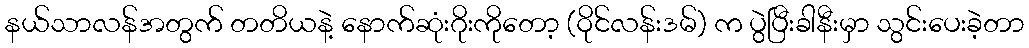
နယ်သာလန်အတွက် တတိယနဲ့ နောက်ဆုံးဂိုးကိုတော့ (ဝိုင်လန်းဒမ်) က ပွဲပြီးခါနီးမှာ သွင်းပေးခဲ့တာ